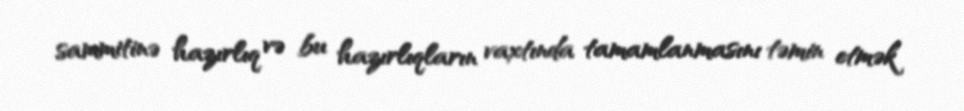
sammitinə hazırlıq və bu hazırlıqların vaxtında tamamlanmasını təmin etmək